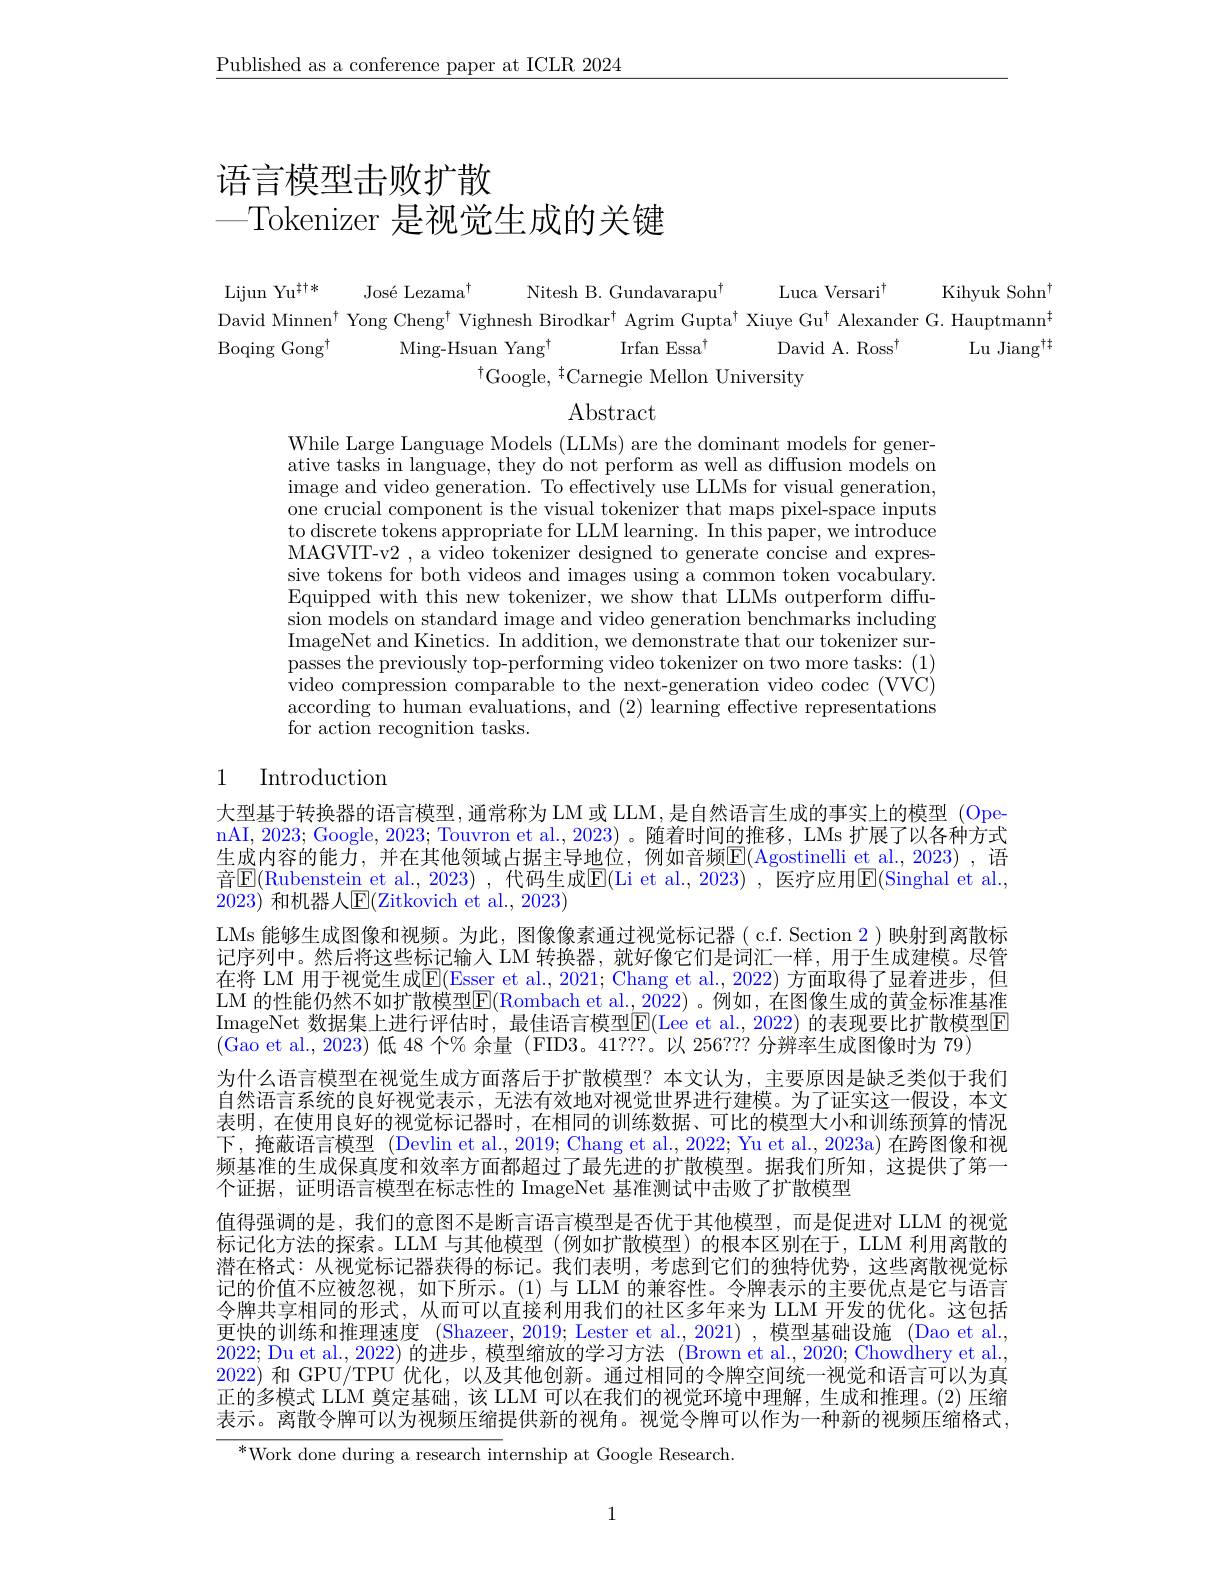
$\underline{\text{Published as a conference paper at ICLR 2024}}$

# 语言模型击败扩散—Tokenizer 是视觉生成的关键

Lijun Yu$^{\dagger\dagger*}$
José Lezama$^{\dagger}$
Nitesh B. Gundavarapu$^{\dagger}$
Luca Versari$^{\dagger}$
Kihyuk Sohn$^{\dagger}$
David Minnen$^{\dagger}$ Yong Cheng$^{\dagger}$ Vighnesh Birodkar$^{\dagger}$ Agrim Gupta$^{\dagger}$ Xiuye Gu$^{\dagger}$ Alexander G. Hauptmann$^{\dagger}$
Ming-Hsuan Yang$^{\dagger}$
Irfan Essa$^{\dagger}$
Boqing Gong$^{\dagger}$
David A. Ross$^{\dagger}$
Lu Jiang$^{\dagger\dagger}$
$^{\dagger}$Google, $^{\dagger}$Carnegie Mellon University

Abstract

While Large Language Models (LLMs) are the dominant models for generative tasks in language, they do not perform as well as diffusion models on $\begin{array}{c}{\mathrm{image~and~video~generation.~To~effectively~use~LLMs~for~visual~generation,}}\\{\mathrm{image~and~video~generation.~To~effectively~use~LLMs~for~visual~generation,}}\end{array}$ one crucial component is the visual tokenizer that maps pixel-space inputs $\begin{array}{c}{\text{to discrete tokens appropriate for LLM learning. In this paper, we introduce}}\\{\text{to discrete tokens appropriate for LLM learning. In this paper, we introduce}}\end{array}$ MAGVIT-v2, a video tokenizer designed to generate concise and expressive tokens for both videos and images using a common token vocabulary. Equipped with this new tokenizer, we show that LLMs outperform diffusion models on standard image and video generation benchmarks including ImageNet and Kinetics. In addition, we demonstrate that our tokenizer surpasses the previously top-performing video tokenizer on two more tasks: (1) video compression comparable to the next-generation video codec (VVC) according to human evaluations, and (2) learning effective representations for action recognition tasks.

## 1 Introduction

大型基于转换器的语言模型，通常称为 LM 或 LLM, 是自然语言生成的事实上的模型 (Ope nAI, 2023; Google, 2023; Touvron et al., 2023) 。随着时间的推移，LMs 扩展了以各种方式生成内容的能力，并在其他领域占据主导地位，例如音频$\underline{\mathrm{E}}($Agostinelli et al.,2023),语音$\boxed{\mathrm{E}}($Rubenstein et al.,2023) ,代码生成$\boxed{\mathrm{E}}($Li et al.,2023) ,医疗应用$\boxed{\mathrm{E}}($Singhal et al., 2023) 和机器人$\mathbb{E}($Zitkovich et al., 2023)
LMs 能够生成图像和视频。为此，图像像素通过视觉标记器( c.f. Section 2)映射到离散标记序列中。然后将这些标记输人 LM 转换器，就好像它们是词汇一样，用于生成建模。尽管在将 LM 用于视觉生成$\overline{\mathrm{E}}($Esser et al., 2021; Chang et al., 2022) 方面取得了显着进步，但LM 的性能仍然不如扩散模型$\boxed{\mathrm{E}}($Rombach et al.,2022)。例如，在图像生成的黄金标准基准ImageNet 数据集上进行评估时，最佳语言模型$\mathrm\overline{\mathrm{E}}($Lee et al.,2022) 的表现要比扩散模型E (Gao et al., 2023)低 48 个% 余量 (FID3。41???。以 256??? 分辨率生成图像时为 79)
为什么语言模型在视觉生成方面落后于扩散模型？本文认为，主要原因是缺乏类似于我们自然语言系统的良好视觉表示，无法有效地对视觉世界进行建模。为了证实这一假设，本文表明，在使用良好的视觉标记器时，在相同的训练数据、可比的模型大小和训练预算的情况下，掩蔽语言模型 (Devlin et al., 2019; Chang et al., 2022; Yu et al., 2023a) 在跨图像和视频基准的生成保真度和效率方面都超过了最先进的扩散模型。据我们所知，这提供了第一个证据，证明语言模型在标志性的 ImageNet 基准测试中击败了扩散模型
值得强调的是，我们的意图不是断言语言模型是否优于其他模型，而是促进对 LLM 的视觉标记化方法的探索。LLM 与其他模型 (例如扩散模型)的根本区别在于，LLM 利用离散的潜在格式：从视觉标记器获得的标记。我们表明，考虑到它们的独特优势，这些离散视觉标记的价值不应被忽视，如下所示。(1)与 LLM 的兼容性。令牌表示的主要优点是它与语言令牌共享相同的形式，从而可以直接利用我们的社区多年来为 LLM 开发的优化。这包括更快的训练和推理速度 (Shazeer, 2019; Lester et al., 2021) ,模型基础设施 (Dao et al., 2022; Du et al., 2022)的进步 ,模型缩放的学习方法 (Brown et al., 2020; Chowdhery et al., 2022) 和 GPU/TPU 优化，以及其他创新。通过相同的令牌空间统一视觉和语言可以为真正的多模式 LLM 奠定基础，该 LLM 可以在我们的视觉环境中理解，生成和推理。(2)压缩表示。离散令牌可以为视频压缩提供新的视角。视觉令牌可以作为一种新的视频压缩格式，
$^{*}$Work done during a research internship at Google Research.

1